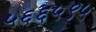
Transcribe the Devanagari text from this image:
५६६५९५